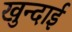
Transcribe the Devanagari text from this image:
खुन्दाई